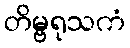
တိမ္ဗရုသကံ